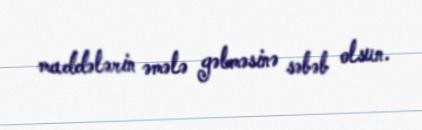
maddələrin əmələ gəlməsinə səbəb olsun.